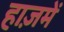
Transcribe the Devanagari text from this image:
हाज़में